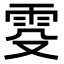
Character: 𬯹